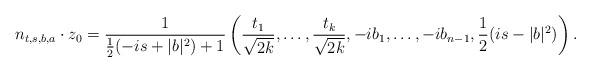
LaTeX: \begin{align*} n_{t,s,b,a}\cdot z_0 = \frac{1}{\frac{1}{2}(-is + |b|^2)+1}\left(\frac{t_1}{\sqrt{2k}},\ldots, \frac{t_k}{\sqrt{2k}}, -ib_1,\ldots,-ib_{n-1},\frac{1}{2}(is - |b|^2)\right).\end{align*}